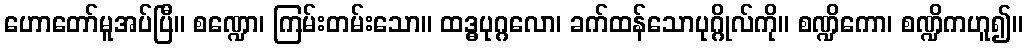
ဟောတော်မူအပ်ပြီ။ စဏ္ဍော၊ ကြမ်းတမ်းသော။ ထဒ္ဓပုဂ္ဂလော၊ ခက်ထန်သောပုဂ္ဂိုလ်ကို။ စဏ္ဍိကော၊ စဏ္ဍိကဟူ၍။